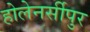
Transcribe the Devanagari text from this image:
होलेनर्सीपुर